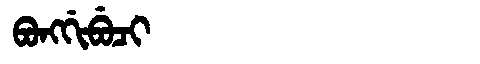
Manchu: ᠪᠣᠩᡤᡳᠪᡠᠴᡳ
Romanization: BONGGIBUCI